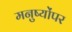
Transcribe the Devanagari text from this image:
मनुष्योंपर